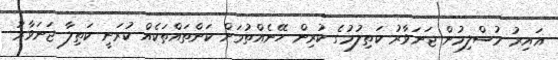
ޣައިރު މުސްލިމުން ޖަނަވާރު ކަތިލުމުގެ ކުރިން ހޭނެއްތުމަށް ކަންތައްތަކެއް ކުރަނީ ކަތިލާ ޖަނަވާރު